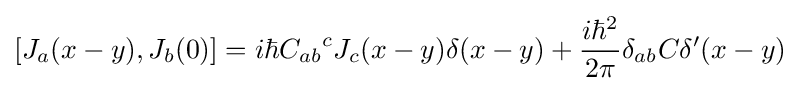
[J_{a}(x-y),J_{b}(0)]=i\hbar {C_{ab}}^{c}J_{c}(x-y)\delta (x-y)+{\frac {i\hbar ^{2}}{2\pi }}\delta _{ab}C\delta '(x-y)